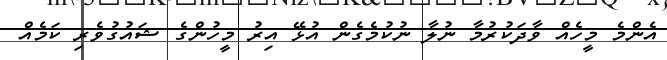
އެންމެ މީހެއް ވާދަކުރުމާ ނުލާ ނުކުމެގެން އުޅޭ އިރު މީހުންގެ ޝައުގުވެރި ކަމެއް